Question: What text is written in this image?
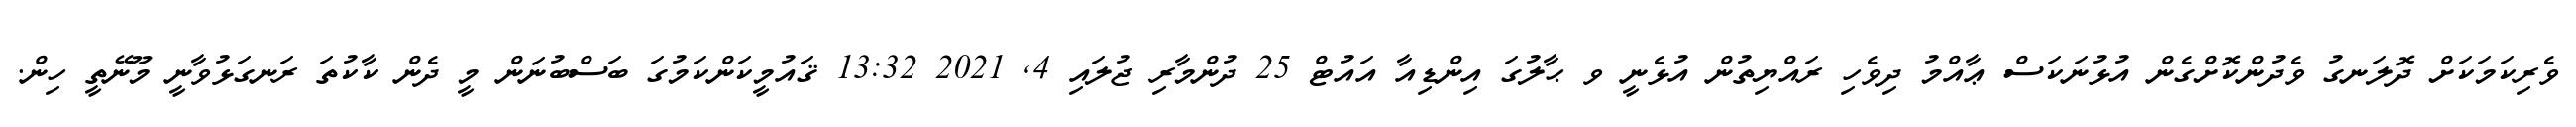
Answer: ވެރިކަމަކަށް ދޮލަނގު ވެދުންކޮށްގެން އުޅުނަކަސް ޢާއްމު ދިވެހި ރައްޔިތުން އުޅެނީ ވ ޙާލުގަ އިންޑިއާ އައުޓް 25 ދުންމާރި ޖުލައި 4, 2021 13:32 ޤައުމީކަންކަމުގަ ބަސްބުނަން މީ ދެން ކާކުތަ ރަނގަޅުވާނީ މޫނޭތީ ހިން.